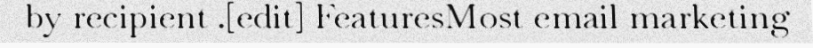
by recipient .[edit] FeaturesMost email marketing